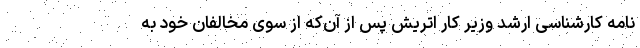
نامه کارشناسی ارشد وزیر کار اتریش پس از آن‌که از سوی مخالفان خود به